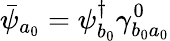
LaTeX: \bar{\psi}_{a_{0}}=\psi_{b_{0}}^{\dagger}\gamma_{b_{0}a_{0}}^{0}